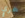
حجري